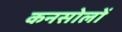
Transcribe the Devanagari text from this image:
कनसोलों